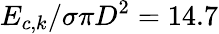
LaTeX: {{E}_{c,k}}/{\sigma\pi{{D}^{2}}}=14.7